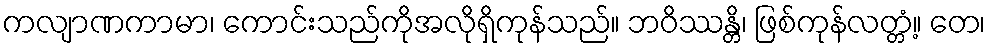
ကလျာဏကာမာ၊ ကောင်းသည်ကိုအလိုရှိကုန်သည်။ ဘဝိဿန္တိ၊ ဖြစ်ကုန်လတ္တံ့။ တေ၊